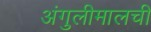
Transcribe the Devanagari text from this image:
अंगुलीमालची